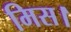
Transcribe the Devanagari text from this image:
मिस।